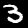
Digit: 3